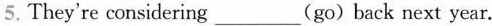
5.They're considering_(go) back next year.